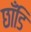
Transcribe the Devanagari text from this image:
छाँडि